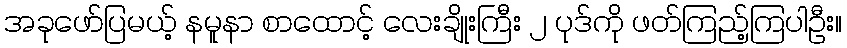
အခုဖော်ပြမယ့် နမူနာ စာထောင့် လေးချိုးကြီး ၂ ပုဒ်ကို ဖတ်ကြည့်ကြပါဦး။